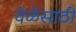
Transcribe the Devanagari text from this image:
वेळेसाठी